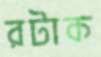
রটাক